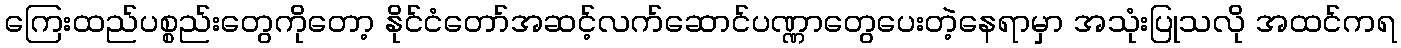
ကြေးထည်ပစ္စည်းတွေကိုတော့ နိုင်ငံတော်အဆင့်လက်ဆောင်ပဏ္ဏာတွေပေးတဲ့နေရာမှာ အသုံးပြုသလို အထင်ကရ